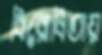
বিরোধিতায়